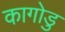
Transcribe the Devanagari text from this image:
कागोडु